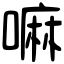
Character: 嘛